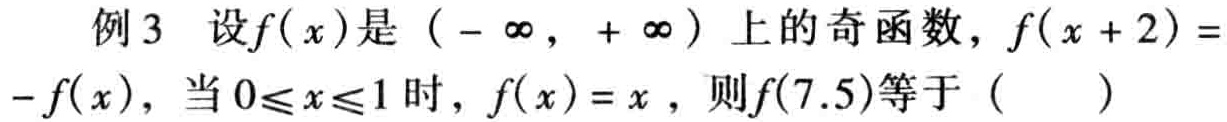
例3 设\(f(x)\)是\((-\infty,+\infty)\)上的奇函数，\(f(x + 2)=-f(x)\)，当\(0\leqslant x\leqslant1\)时，\(f(x)=x\)，则\(f(7.5)\)等于（  ）